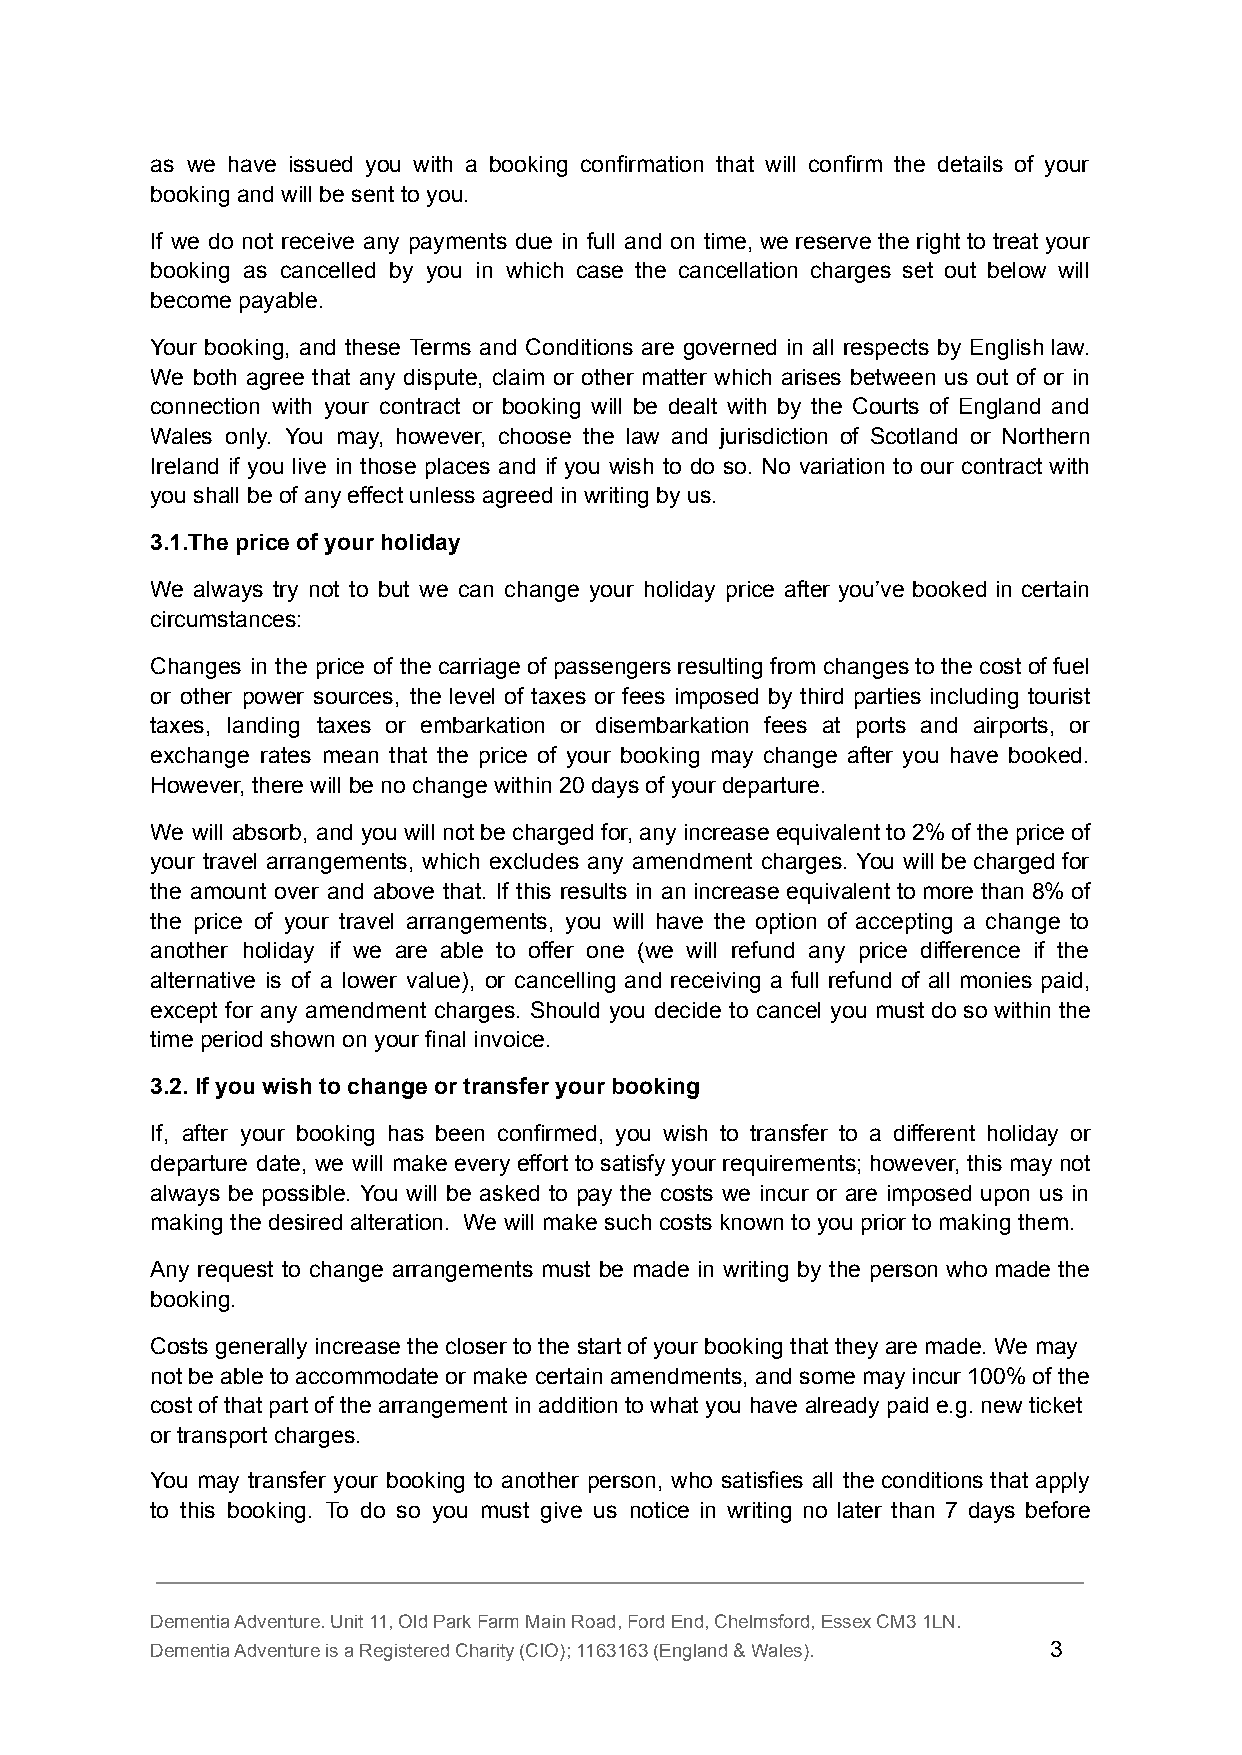
as we have issued you with a booking confirmation that will confirm the details of your
 booking and will be sent to you.
 If we do not receive any payments due in full and on time, we reserve the right to treat your
 booking as cancelled by you in which case the cancellation charges set out below will
 become payable.
 Your booking, and these Terms and Conditions are governed in all respects by English law.
 We both agree that any dispute, claim or other matter which arises between us out of or in
 connection with your contract or booking will be dealt with by the Courts of England and
 Wales only. You may, however, choose the law and jurisdiction of Scotland or Northern
 Ireland if you live in those places and if you wish to do so. No variation to our contract with
 you shall be of any effect unless agreed in writing by us.
 3.1.The price of your holiday
 We always try not to but we can change your holiday price after you’ve booked in certain
 circumstances:
 Changes in the price of the carriage of passengers resulting from changes to the cost of fuel
 or other power sources, the level of taxes or fees imposed by third parties including tourist
 taxes, landing taxes or embarkation or disembarkation fees at ports and airports, or
 exchange rates mean that the price of your booking may change after you have booked.
 However, there will be no change within 20 days of your departure.
 We will absorb, and you will not be charged for, any increase equivalent to 2% of the price of
 your travel arrangements, which excludes any amendment charges. You will be charged for
 the amount over and above that. If this results in an increase equivalent to more than 8% of
 the price of your travel arrangements, you will have the option of accepting a change to
 another holiday if we are able to offer one (we will refund any price difference if the
 alternative is of a lower value), or cancelling and receiving a full refund of all monies paid,
 except for any amendment charges. Should you decide to cancel you must do so within the
 time period shown on your final invoice.
 3.2. If you wish to change or transfer your booking
 If, after your booking has been confirmed, you wish to transfer to a different holiday or
 departure date, we will make every effort to satisfy your requirements; however, this may not
 always be possible. You will be asked to pay the costs we incur or are imposed upon us in
 making the desired alteration. We will make such costs known to you prior to making them.
 Any request to change arrangements must be made in writing by the person who made the
 booking.
 Costs generally increase the closer to the start of your booking that they are made. We may
 not be able to accommodate or make certain amendments, and some may incur 100% of the
 cost of that part of the arrangement in addition to what you have already paid e.g. new ticket
 or transport charges.
 You may transfer your booking to another person, who satisfies all the conditions that apply
 to this booking. To do so you must give us notice in writing no later than 7 days before
 Dementia Adventure. Unit 11, Old Park Farm Main Road, Ford End, Chelmsford, Essex CM3 1LN.
 Dementia Adventure is a Registered Charity (CIO); 1163163 (England & Wales). 3